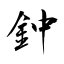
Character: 鈡